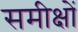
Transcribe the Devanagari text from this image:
समीक्षों